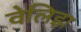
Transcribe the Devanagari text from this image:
वेलिझ